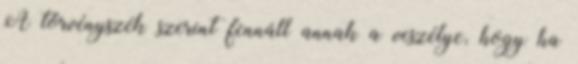
A törvényszék szerint fennáll annak a veszélye, hogy ha